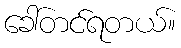
ခေါ်တင်ရတယ်။